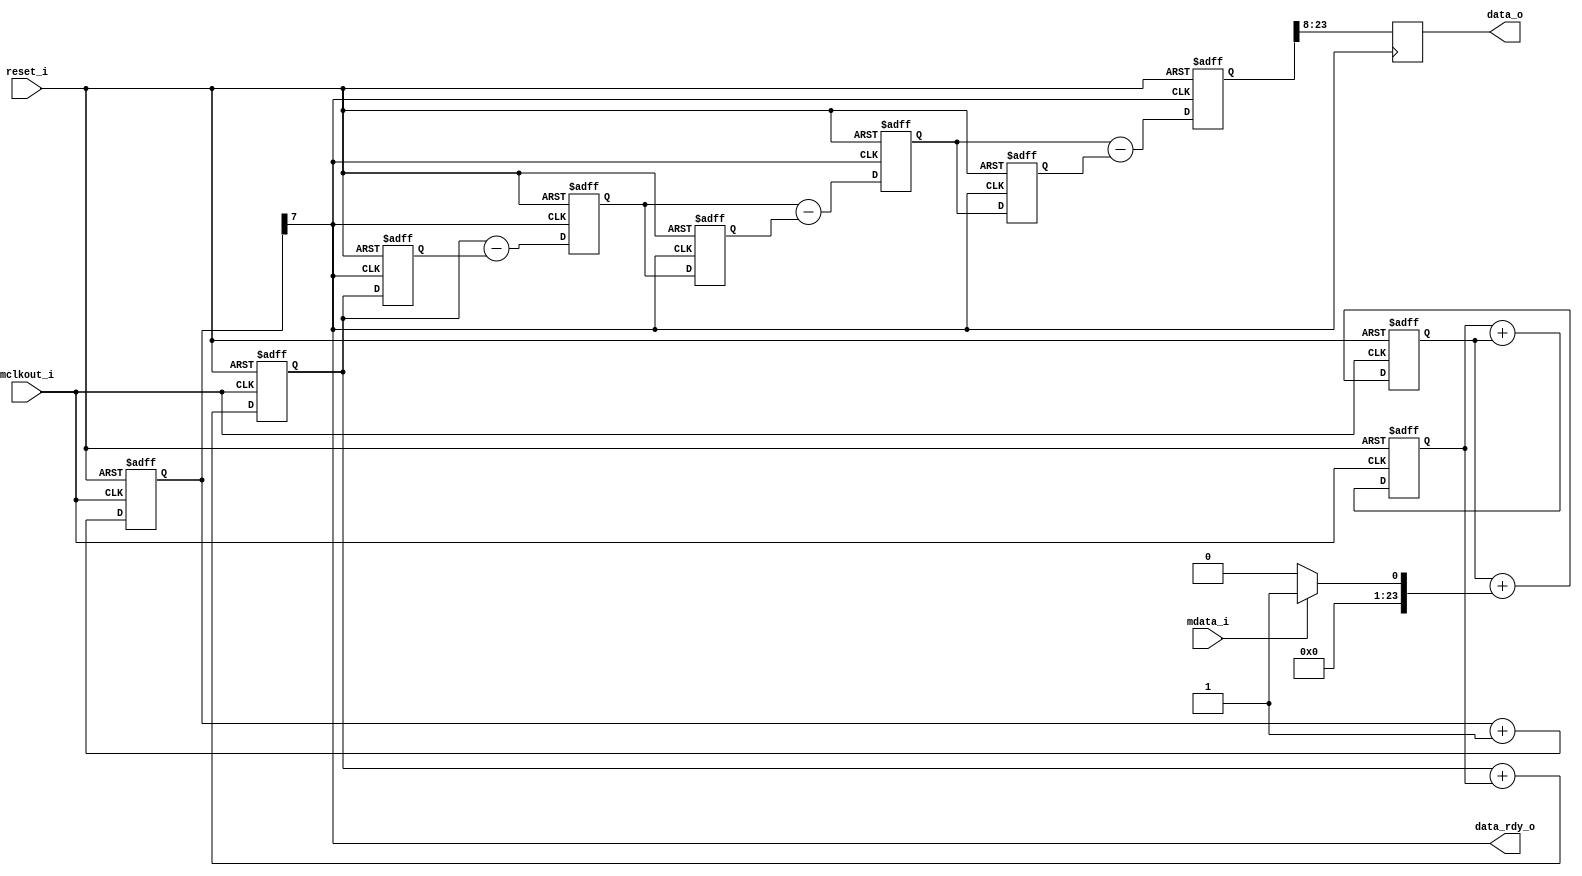
module dec256sinc24b
(
    input                       reset_i,
    input                       mclkout_i,
    input                       mdata_i,
    output                      data_rdy_o,     
    output reg  [15:0]          data_o          
);
reg [23:0]  ip_data1;
reg [23:0]  acc1;
reg [23:0]  acc2;
reg [23:0]  acc3;
reg [23:0]  acc3_d1;
reg [23:0]  acc3_d2;
reg [23:0]  diff1;
reg [23:0]  diff2;
reg [23:0]  diff3;
reg [23:0]  diff1_d;
reg [23:0]  diff2_d;
reg [7:0]   word_count;
reg         word_clk;
assign data_rdy_o = word_clk;
always @(mdata_i)
begin
    if(mdata_i == 0)
    begin
        ip_data1    <= 0;
    end
    else
    begin
        ip_data1    <= 1;
    end
end
always @(negedge mclkout_i or posedge reset_i)
begin
    if( reset_i == 1'b1 )
    begin
        acc1    <= 0;
        acc2    <= 0;
        acc3    <= 0;
    end
    else
    begin
        acc1    <= acc1 + ip_data1;
        acc2    <= acc2 + acc1;
        acc3    <= acc3 + acc2;
    end
end
always@(posedge mclkout_i or posedge reset_i )
begin
    if(reset_i == 1'b1)
    begin
        word_count  <= 0;
    end
    else
    begin
        word_count <= word_count + 1;
    end
end
always @(word_count)
begin
    word_clk <= word_count[7];
end
always @(posedge word_clk or posedge reset_i)
begin
    if(reset_i == 1'b1)
    begin
        acc3_d2 <= 0;
        diff1_d <= 0;
        diff2_d <= 0;
        diff1   <= 0;
        diff2   <= 0;
        diff3   <= 0;
    end
    else
    begin
        diff1   <= acc3 - acc3_d2;
        diff2   <= diff1 - diff1_d;
        diff3   <= diff2 - diff2_d;
        acc3_d2 <= acc3;
        diff1_d <= diff1;
        diff2_d <= diff2;
    end
end
always @(posedge word_clk)
begin
    data_o[15]  <= diff3[23];
    data_o[14]  <= diff3[22];
    data_o[13]  <= diff3[21];
    data_o[12]  <= diff3[20];
    data_o[11]  <= diff3[19];
    data_o[10]  <= diff3[18];
    data_o[9]   <= diff3[17];
    data_o[8]   <= diff3[16];
    data_o[7]   <= diff3[15];
    data_o[6]   <= diff3[14];
    data_o[5]   <= diff3[13];
    data_o[4]   <= diff3[12];
    data_o[3]   <= diff3[11];
    data_o[2]   <= diff3[10];
    data_o[1]   <= diff3[9];
    data_o[0]   <= diff3[8];
end
endmodule